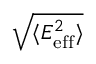
\sqrt { \langle E _ { \mathrm { e f f } } ^ { 2 } \rangle }